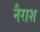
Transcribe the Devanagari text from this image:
नैराश